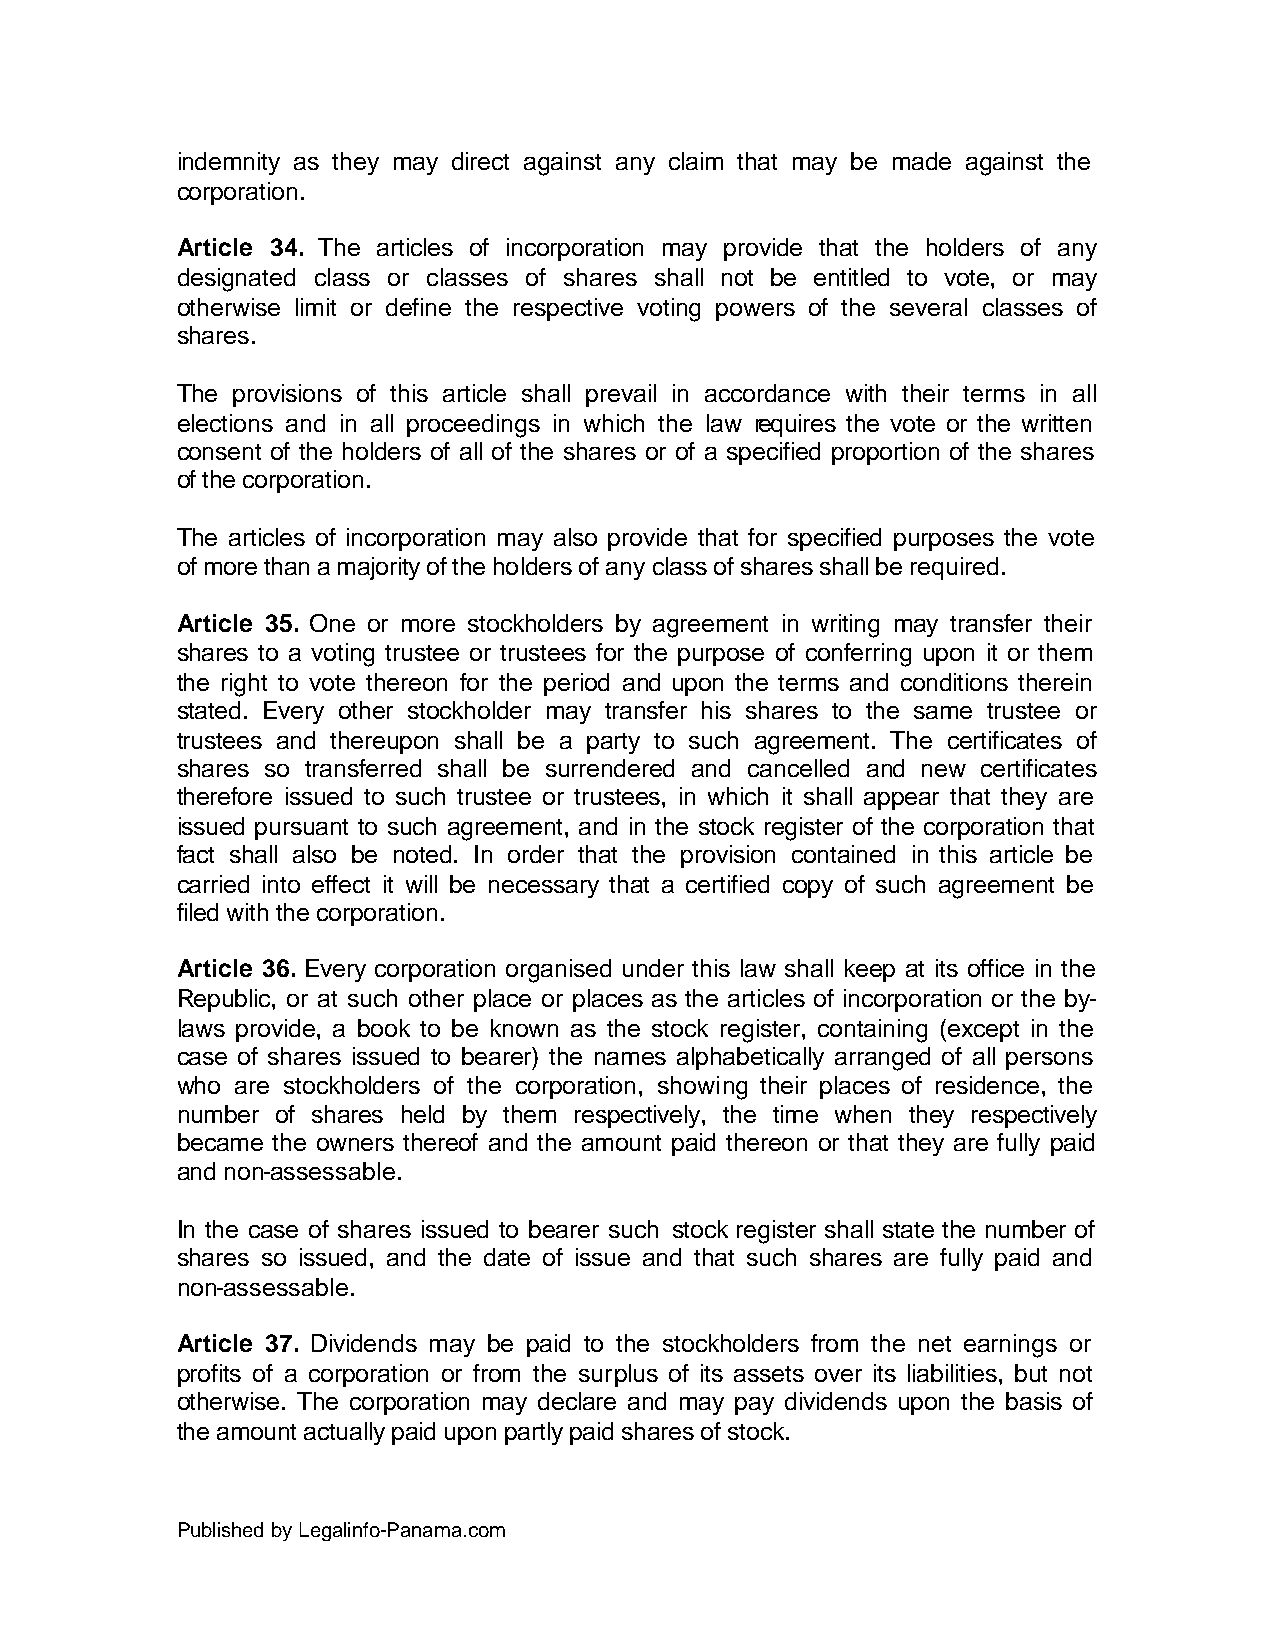
indemnity as they may direct against any claim that may be made against the
 corporation.
 Article 34. The articles of incorporation may provide that the holders of any
 designated class or classes of shares shall not be entitled to vote, or may
 otherwise limit or define the respective voting powers of the several classes of
 shares.
 The provisions of this article shall prevail in accordance with their terms in all
 elections and in all proceedings in which the law requires the vote or the written
 consent of the holders of all of the shares or of a specified proportion of the shares
 of the corporation.
 The articles of incorporation may also provide that for specified purposes the vote
 of more than a majority of the holders of any class of shares shall be required.
 Article 35. One or more stockholders by agreement in writing may transfer their
 shares to a voting trustee or trustees for the purpose of conferring upon it or them
 the right to vote thereon for the period and upon the terms and conditions therein
 stated. Every other stockholder may transfer his shares to the same trustee or
 trustees and thereupon shall be a party to such agreement. The certificates of
 shares so transferred shall be surrendered and cancelled and new certificates
 therefore issued to such trustee or trustees, in which it shall appear that they are
 issued pursuant to such agreement, and in the stock register of the corporation that
 fact shall also be noted. In order that the provision contained in this article be
 carried into effect it will be necessary that a certified copy of such agreement be
 filed with the corporation.
 Article 36. Every corporation organised under this law shall keep at its office in the
 Republic, or at such other place or places as the articles of incorporation or the by-
 laws provide, a book to be known as the stock register, containing (except in the
 case of shares issued to bearer) the names alphabetically arranged of all persons
 who are stockholders of the corporation, showing their places of residence, the
 number of shares held by them respectively, the time when they respectively
 became the owners thereof and the amount paid thereon or that they are fully paid
 and non-assessable.
 In the case of shares issued to bearer such stock register shall state the number of
 shares so issued, and the date of issue and that such shares are fully paid and
 non-assessable.
 Article 37. Dividends may be paid to the stockholders from the net earnings or
 profits of a corporation or from the surplus of its assets over its liabilities, but not
 otherwise. The corporation may declare and may pay dividends upon the basis of
 the amount actually paid upon partly paid shares of stock.
 Published by Legalinfo-Panama.com